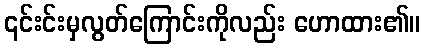
၎င်းင်းမှလွတ်ကြောင်းကိုလည်း ဟောထား၏။